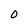
Character: O